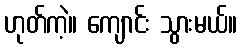
ဟုတ်ကဲ့။ ကျောင်း သွားမယ်။